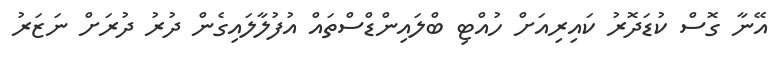
އޭނާ ގޮސް ކުޑަދޮރު ކައިރިއަށް ހުއްޓި ބްލައިންޑްސްތައް އުފުލާލައިގެން ދުރު ދުރަށް ނަޒަރު